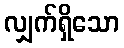
လျှက်ရှိသော